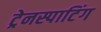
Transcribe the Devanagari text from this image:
ट्रेनस्पाटिंग